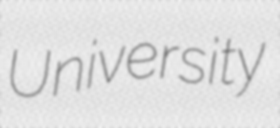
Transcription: University